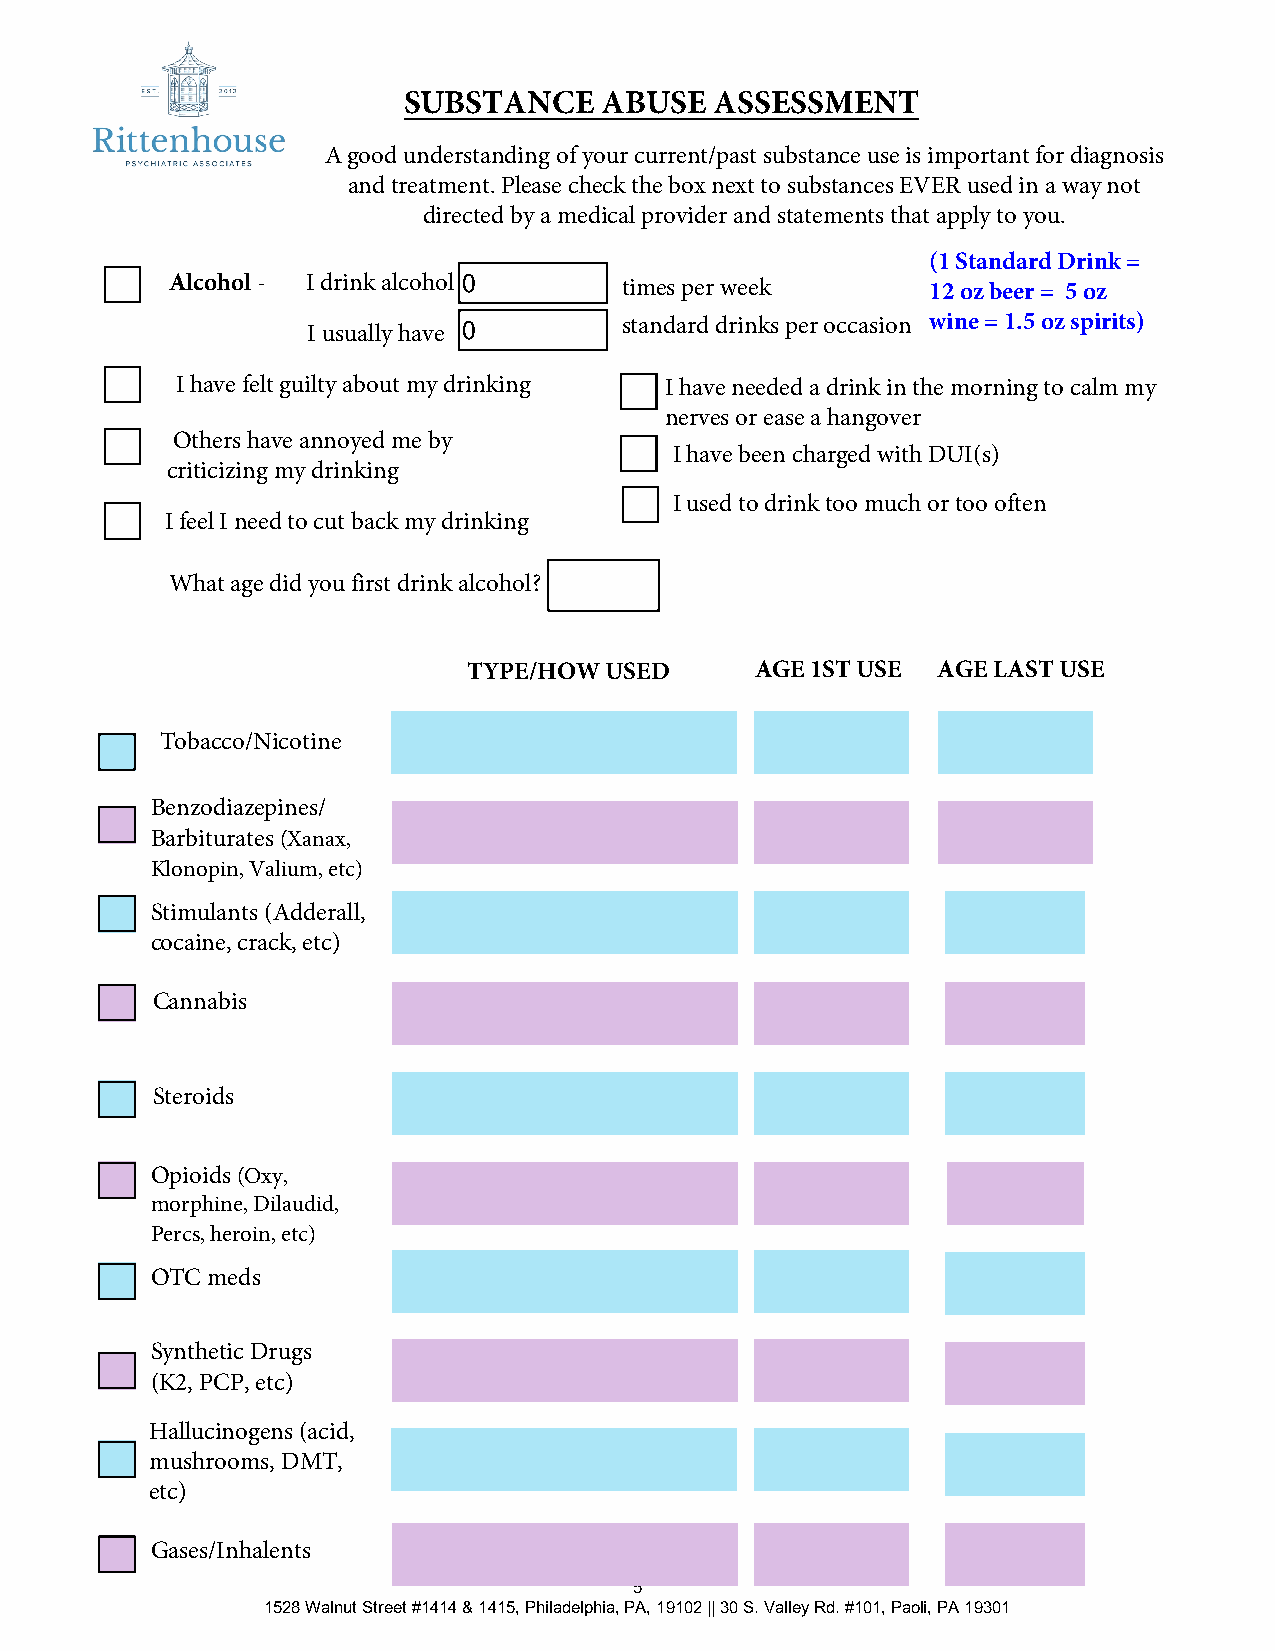
SUBSTANCE    ABUSE  ASSESSMENT
 A good understanding of your current/past substance use is important for diagnosis
 and treatment. Please check the box next to substances EVER used in a way not
 directed by a medical provider and statements that apply to you.
 (1 Standard Drink =
 Alcohol - I drink alcohol 0   times per week       12 oz beer = 5 oz
 I usually have 0     standard drinks per occasion wine = 1.5 oz spirits)
 I have felt guilty about my drinking I have needed a drink in the morning to calm my
 nerves or ease a hangover
 Others have annoyed me by
 I have been charged with DUI(s)
 criticizing my drinking
 I used to drink too much or too often
 I feel I need to cut back my drinking
 What age did you first drink alcohol?
 TYPE/HOW USED      AGE 1ST USE AGE LAST USE
 Tobacco/Nicotine
 Benzodiazepines/
 Barbiturates (Xanax,
 Klonopin, Valium, etc)
 Stimulants (Adderall,
 cocaine, crack, etc)
 Cannabis
 Steroids
 Opioids (Oxy,
 morphine, Dilaudid,
 Percs, heroin, etc)
 OTC meds
 Synthetic Drugs
 (K2, PCP, etc)
 Hallucinogens (acid,
 mushrooms, DMT,
 etc)
 Gases/Inhalents
 5
 1528 Walnut Street #1414 & 1415, Philadelphia, PA, 19102 || 30 S. Valley Rd. #101, Paoli, PA 19301